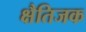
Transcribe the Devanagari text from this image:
क्षैतिजक